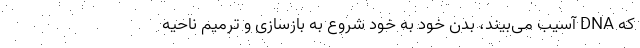
که DNA آسیب می‌بیند، بدن خود به خود شروع به بازسازی و ترمیم ناحیه